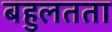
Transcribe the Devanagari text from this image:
बहुलतता